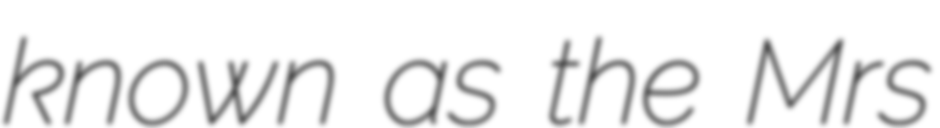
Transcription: known as the Mrs